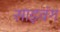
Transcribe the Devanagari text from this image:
साइवंग